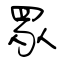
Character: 眾